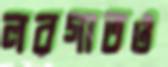
লরগাতও